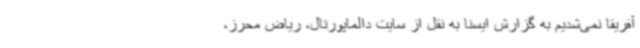
آفریقا نمی‌شدیم به گزارش ایسنا به نقل از سایت دالماپورتال، ریاض محرز،